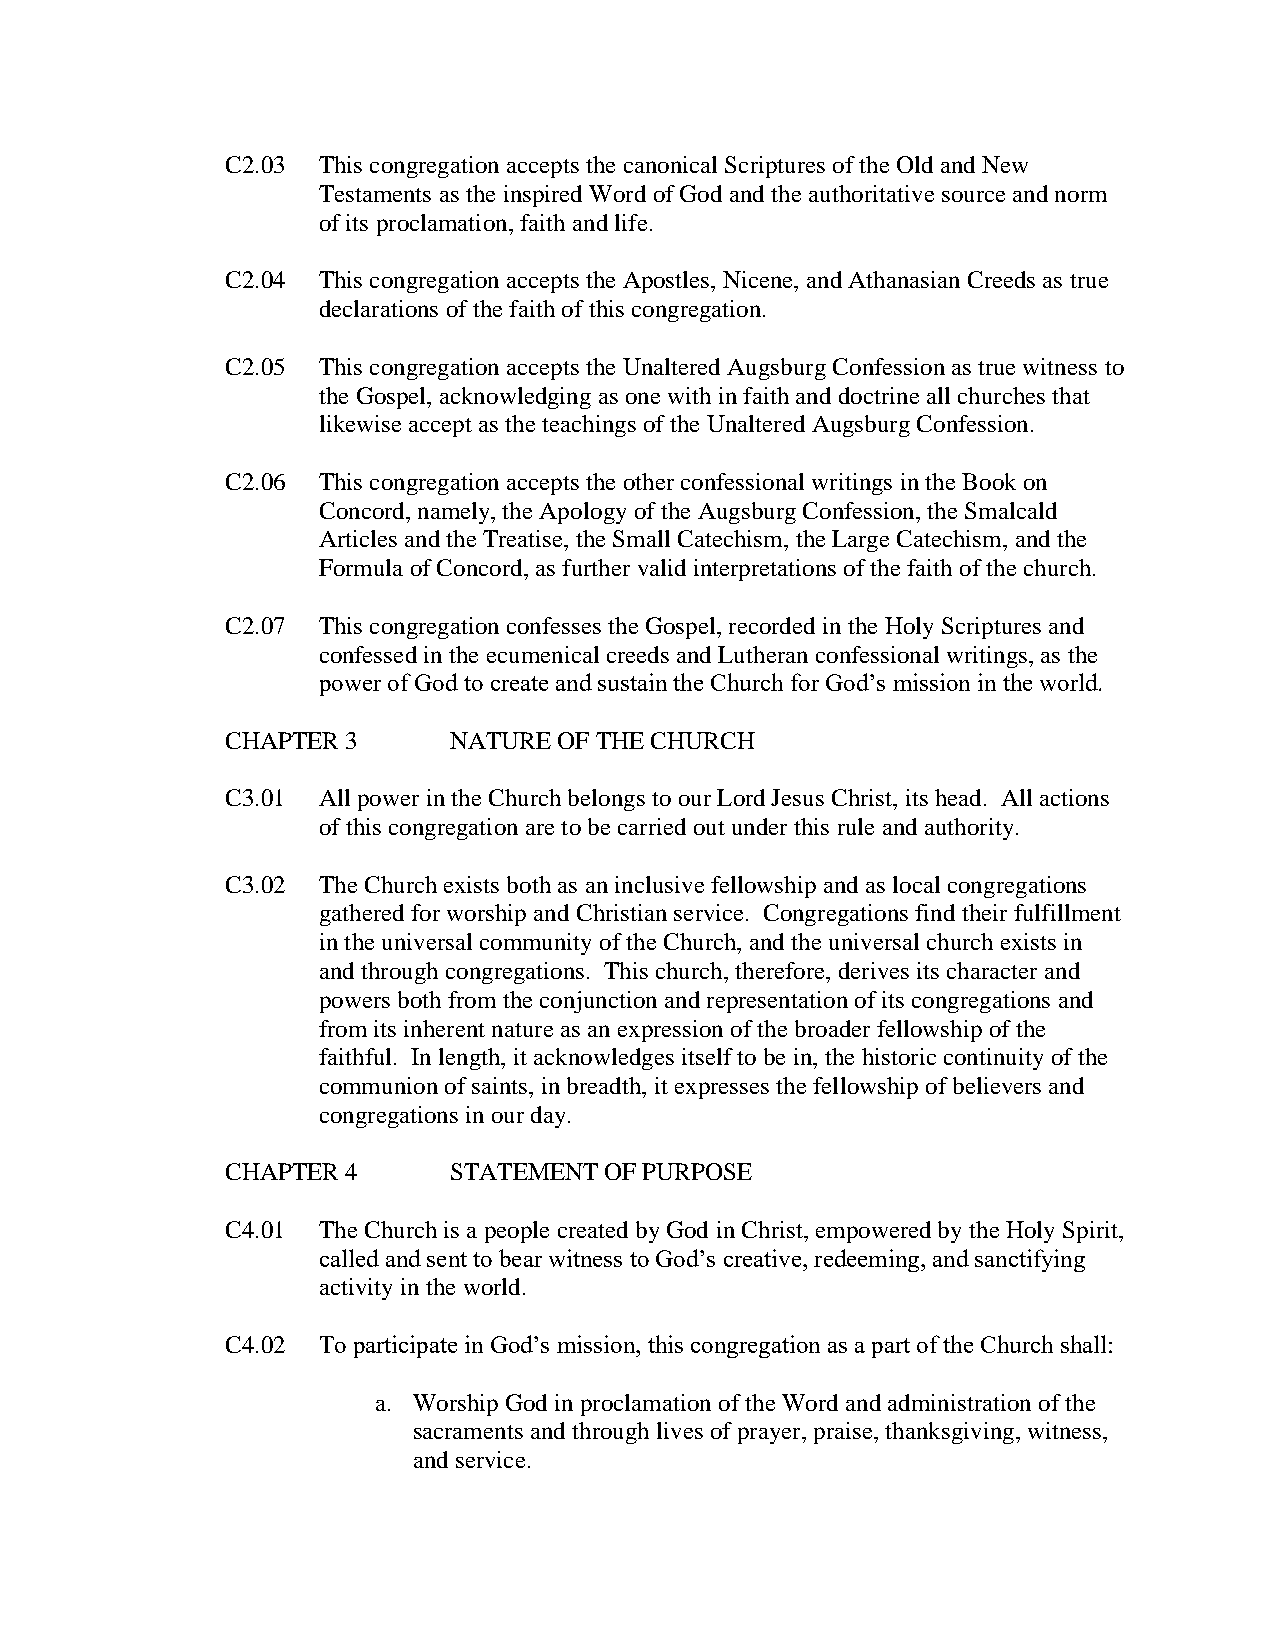
C2.03 This congregation accepts the canonical Scriptures of the Old and New
 Testaments as the inspired Word of God and the authoritative source and norm
 of its proclamation, faith and life.
 C2.04 This congregation accepts the Apostles, Nicene, and Athanasian Creeds as true
 declarations of the faith of this congregation.
 C2.05 This congregation accepts the Unaltered Augsburg Confession as true witness to
 the Gospel, acknowledging as one with in faith and doctrine all churches that
 likewise accept as the teachings of the Unaltered Augsburg Confession.
 C2.06 This congregation accepts the other confessional writings in the Book on
 Concord, namely, the Apology of the Augsburg Confession, the Smalcald
 Articles and the Treatise, the Small Catechism, the Large Catechism, and the
 Formula of Concord, as further valid interpretations of the faith of the church.
 C2.07 This congregation confesses the Gospel, recorded in the Holy Scriptures and
 confessed in the ecumenical creeds and Lutheran confessional writings, as the
 power of God to create and sustain the Church for God’s mission in the world.
 CHAPTER 3      NATURE OF THE CHURCH
 C3.01 All power in the Church belongs to our Lord Jesus Christ, its head. All actions
 of this congregation are to be carried out under this rule and authority.
 C3.02 The Church exists both as an inclusive fellowship and as local congregations
 gathered for worship and Christian service. Congregations find their fulfillment
 in the universal community of the Church, and the universal church exists in
 and through congregations. This church, therefore, derives its character and
 powers both from the conjunction and representation of its congregations and
 from its inherent nature as an expression of the broader fellowship of the
 faithful. In length, it acknowledges itself to be in, the historic continuity of the
 communion of saints, in breadth, it expresses the fellowship of believers and
 congregations in our day.
 CHAPTER 4      STATEMENT OF PURPOSE
 C4.01 The Church is a people created by God in Christ, empowered by the Holy Spirit,
 called and sent to bear witness to God’s creative, redeeming, and sanctifying
 activity in the world.
 C4.02 To participate in God’s mission, this congregation as a part of the Church shall:
 a. Worship God in proclamation of the Word and administration of the
 sacraments and through lives of prayer, praise, thanksgiving, witness,
 and service.